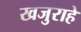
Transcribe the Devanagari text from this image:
खजुराहे